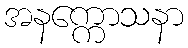
အနက္ကောသနာ